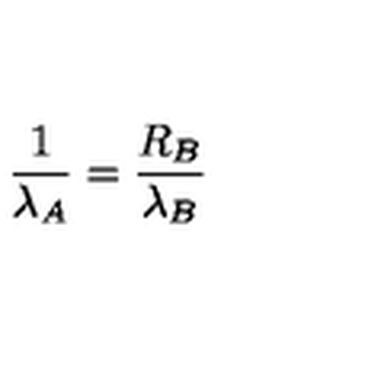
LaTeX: { \frac { 1 } { \lambda _ { A } } } = { \frac { R _ { B } } { \lambda _ { B } } }